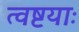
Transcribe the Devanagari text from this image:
त्वष्टयाः